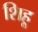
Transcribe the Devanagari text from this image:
शिहू